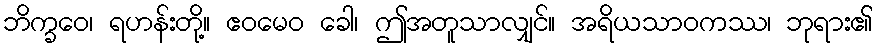
ဘိက္ခဝေ၊ ရဟန်းတို့။ ဧဝမေဝ ခေါ၊ ဤအတူသာလျှင်။ အရိယသာဝကဿ၊ ဘုရား၏